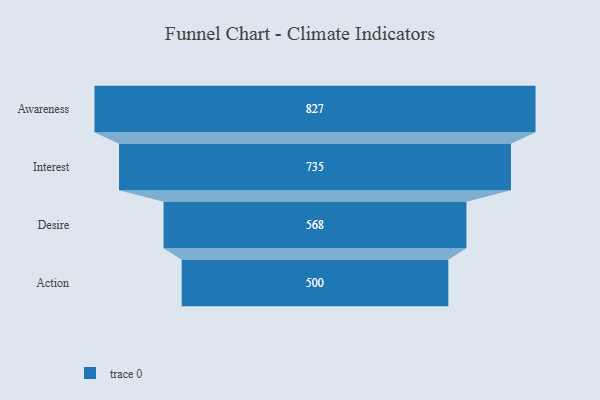
{"axis": {"x": "Stage", "y": "Value"}, "legend": [""], "data": [{"x": "Awareness", "y": 827.0, "type": ""}, {"x": "Interest", "y": 735.0, "type": ""}, {"x": "Desire", "y": 568.0, "type": ""}, {"x": "Action", "y": 500, "type": ""}]}